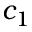
c _ { 1 }